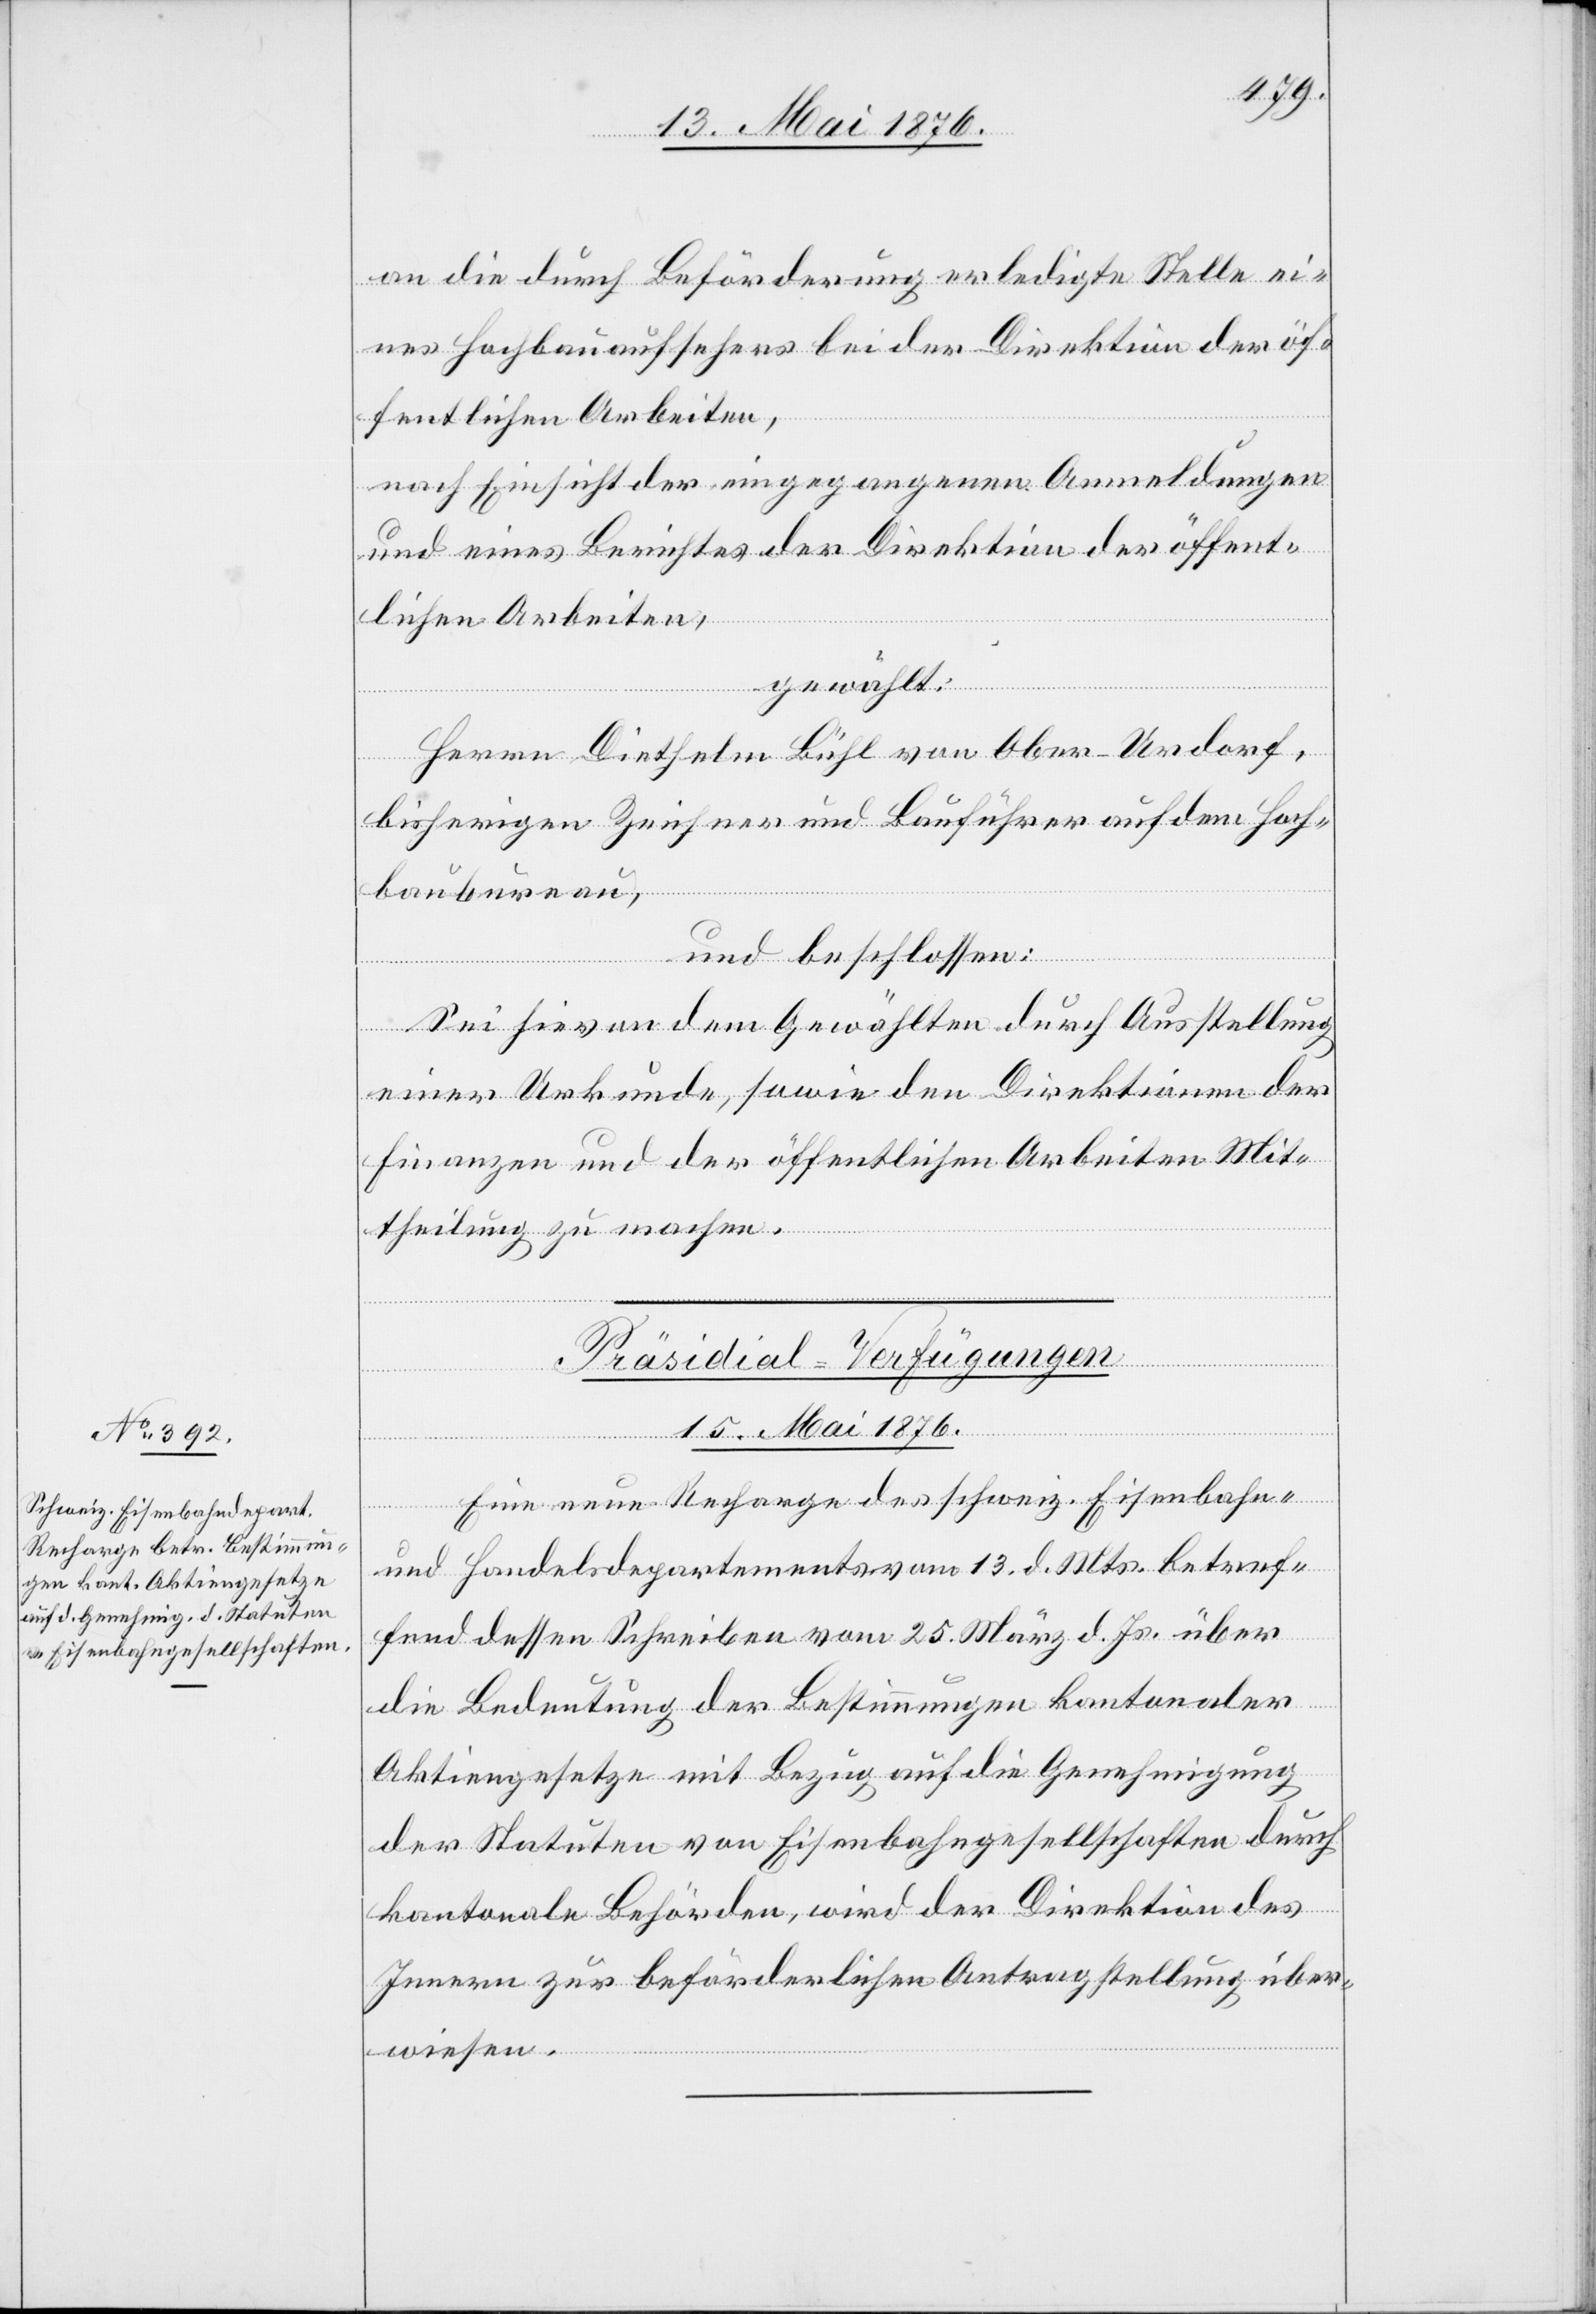
an die durch Beförderung erledigte Stelle ei¬
nes Hochbauaufsehers bei der Direktion der öf¬
fentlichen Arbeiten,
nach Einsicht der eingegangenen Anmeldungen
und eines Berichtes des Direktion der öffent¬
lichen Arbeiten,
gewählt:
Herrn Diethelm Bühl von Ober-Urdorf,
bisherigen Zeichner und Bauführer auf dem Hoch¬
baubureau,
und beschlossen:
Sei hievon dem Gewählten durch Ausstellung
einer Urkunde, sowie den Direktionen der
Finanzen und der öffentlichen Arbeiten Mit¬
theilung zu machen.
Präsidial-Verfügungen
15. Mai 1876.
Eine neue Recharge des schweiz. Eisenbahn-
und Handelsdepartement am 13. d. Mts. betref¬
fend dessen Schreiben vom 25. März d. Js. über
die Bedeutung der Bestimmungen kantonaler
Aktiengesetze mit Bezug auf die Genehmigung
der Statuten von Eisenbahngesellschaften durch
kantonale Behörden, wird der Direktion des
Innern zur beförderlichen Antragstellung über¬
wiesen.